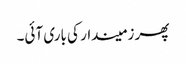
پھر زمیندار کی باری آئی۔